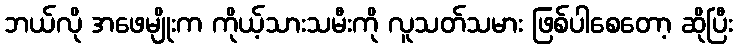
ဘယ်လို အဖေမျိုးက ကိုယ့်သားသမီးကို လူသတ်သမား ဖြစ်ပါစေတော့ ဆိုပြီး